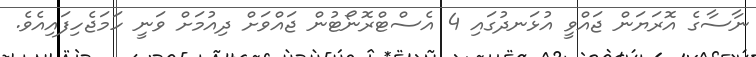
ނާސާގެ އޮރަޔަން ޖައްވީ އުޅަނދުގައި 4 އެސްޓްރޮނޯޓުން ޖައްވަށް ދިއުމަށް ވަނީ ހަމަޖެހިފައިއެވެ.